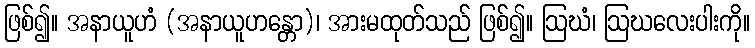
ဖြစ်၍။ အနာယူဟံ (အနာယူဟန္တော)၊ အားမထုတ်သည် ဖြစ်၍။ ဩဃံ၊ ဩဃလေးပါးကို။